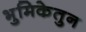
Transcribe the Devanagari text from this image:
भुमिकेतुन